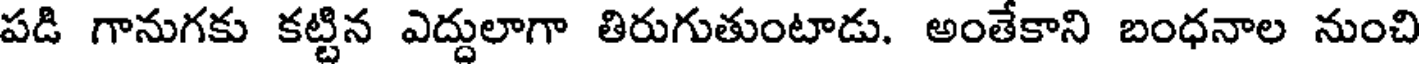
పడి గానుగకు కట్టిన ఎద్దులాగా తిరుగుతుంటాడు. అంతేకాని బంధనాల నుంచి